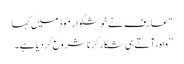
“ عارف نے خوشگوار موڈ میں کہا
” واہ ، آتے ہی شکار کرنا شروع کردیا ہے۔